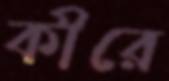
কীরে